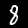
Digit: 8